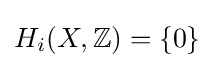
H_{i}(X,\mathbb {Z} )=\{0\}